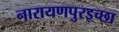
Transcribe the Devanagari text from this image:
नारायणपुरइच्छा